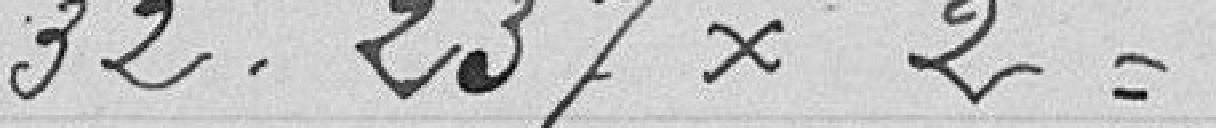
32,237 x 2 =